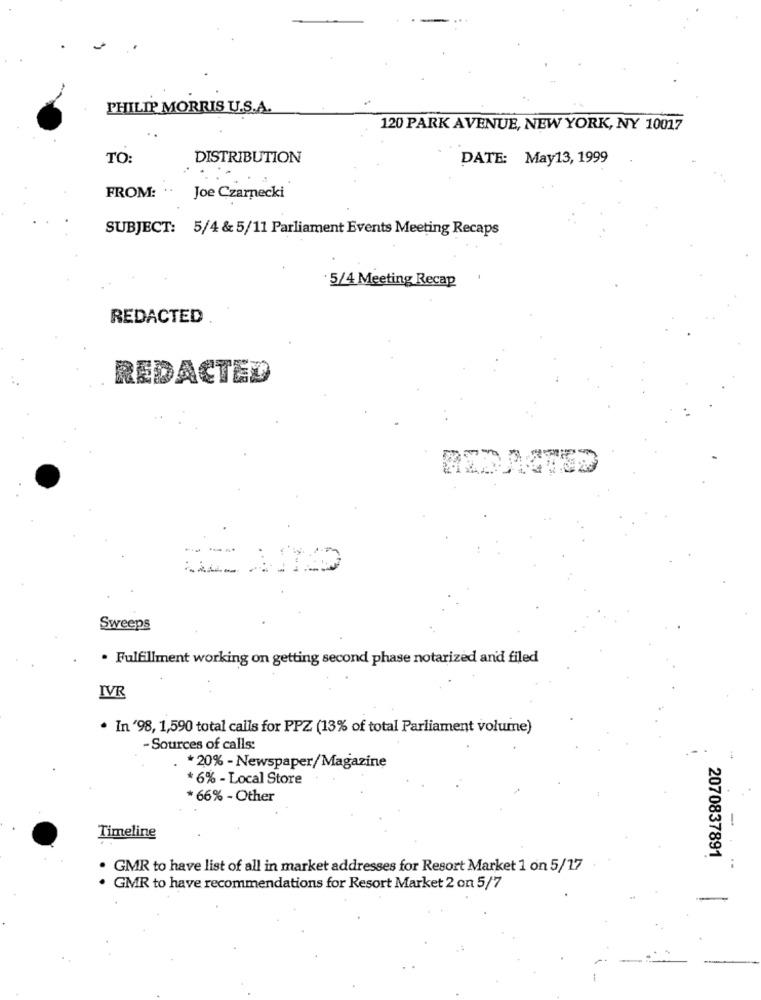
PHILIP MORRIS U.S.A.
120 PARK AVENUE, NEW YORK, NY 10017
TO:
DISTRIBUTION
DATE: May13, 1999
FROM: ..
Joe Czarnecki
SUBJECT: 5/4&5/11 Parliament Events Meeting Recaps
5/4 Meeting Recap
REDACTED
REDACTED
Sweeps
· Fulfillment working on getting second phase notarized and filed
IVR
· In '98, 1,590 total calls for PPZ (13% of total Parliament volume)
- Sources of calls:
. * 20% - Newspaper/Magazine
*6% - Local Store
*66% - Other
-
Timeline
2070837891
GMR to have list of all in market addresses for Resort Market 1 on 5/17
GMR to have recommendations for Resort Market 2 on 5/7